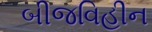
બીજવિહીન